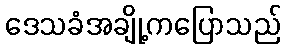
ဒေသခံအချို့ကပြောသည်